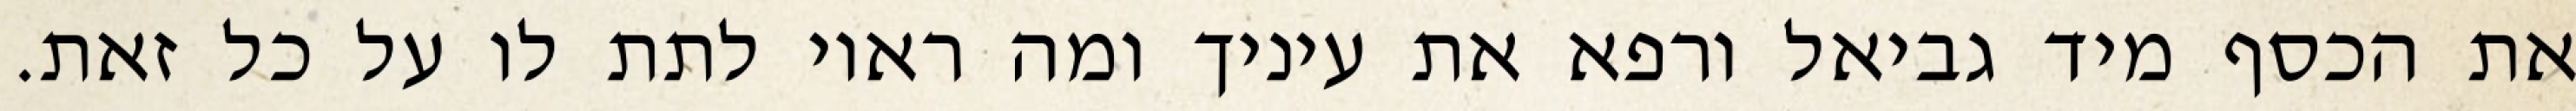
את הכסף מיד גביאל ורפא את עיניך ומה ראוי לתת לו על כל זאת.